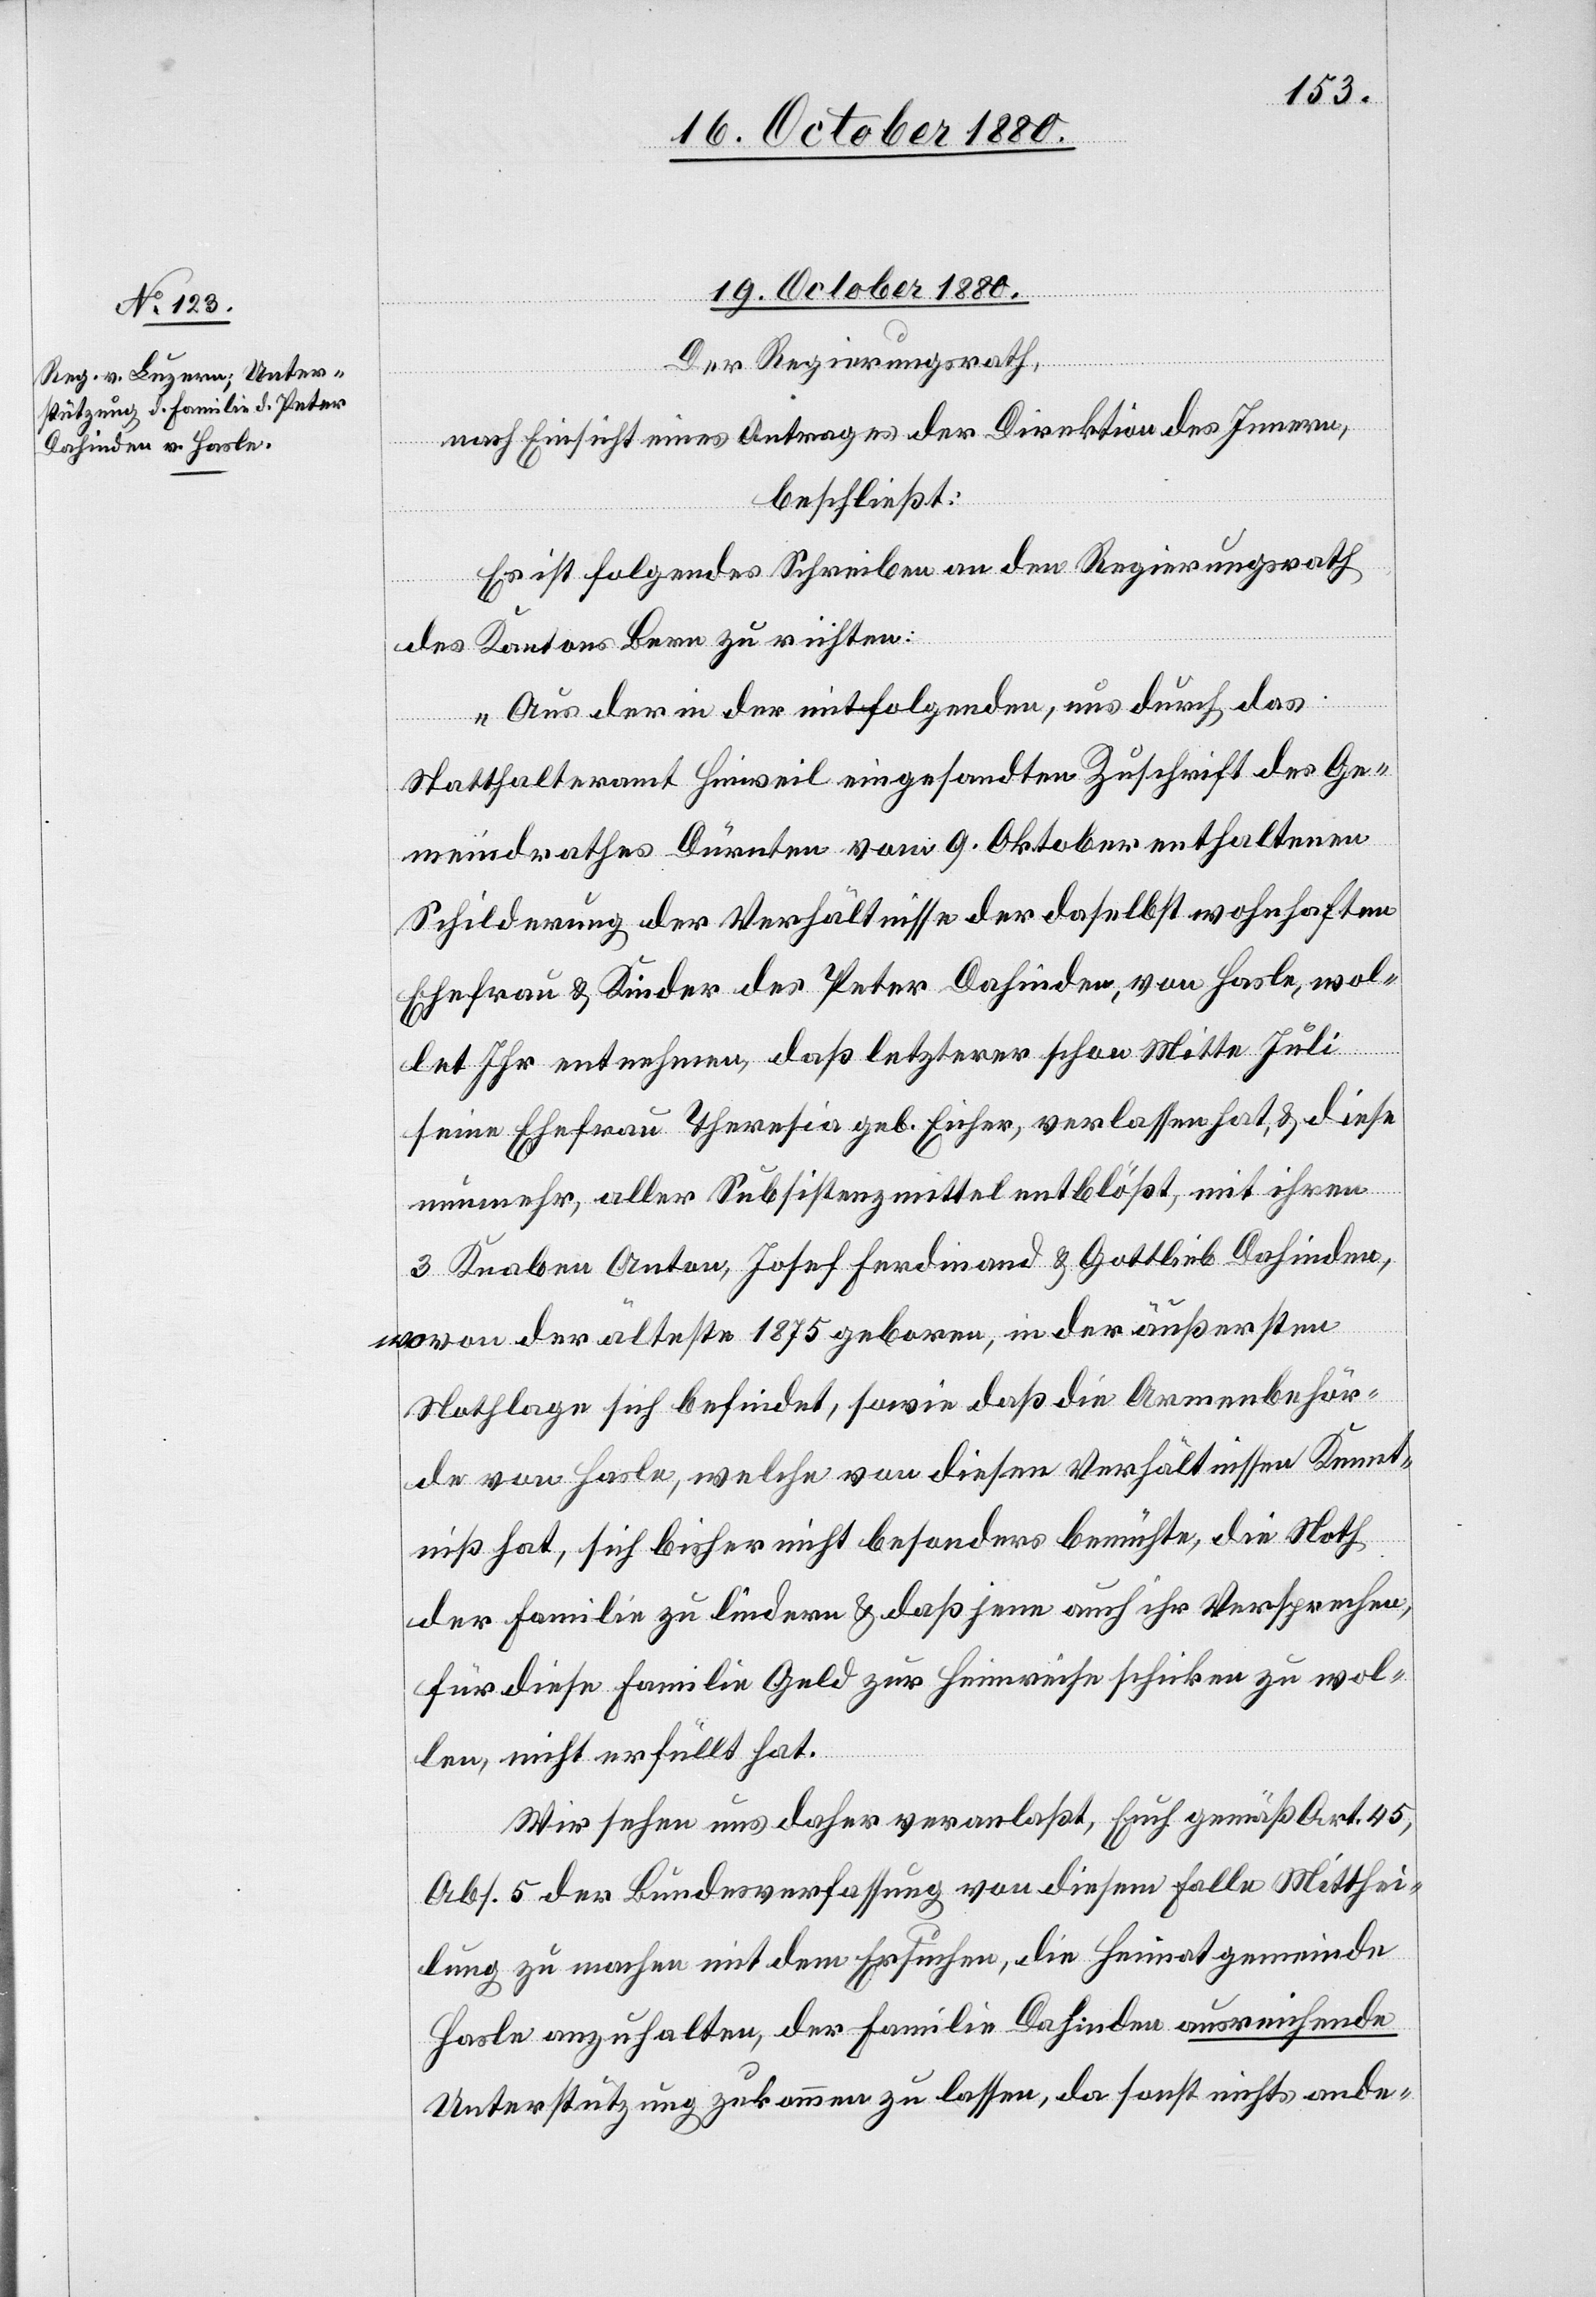
19. October 1880.
Der Regierungsrath,
nach Einsicht eines Antrages der Direktion des Innern,
beschließt:
Es ist folgendes Schreiben an den Regierungsrath
des Kantons Bern zu richten:
„Aus der in der mitfolgenden, uns durch das
Statthalteramt Hinweil eingesandten Zuschrift des Ge¬
meindrathes Dürnten vom 9. Oktober enthaltenen
Schilderung der Verhältnisse der daselbst wohnhaften
Ehefrau & Kinder des Peter Dahinden, von Hasle, wol¬
let Ihr entnehmen, daß letzterer schon Mitte Juli
seine Ehefrau Theresia geb. Eicher, verlassen hat, & diese
nunmehr, aller Subsistenzmittel entblößt, mit ihren
3 Knaben Anton, Josef Ferdinand & Gottlieb Dahinden,
wovon der älteste 1875 geboren, in der äußersten
Notlage sich befindet, sowie daß die Armenbehör¬
den von Hasle, welche von diesen Verhältnissen Kennt¬
niß hat, sich bisher nicht besonders bemühte, die Noth
der Familie zu lindern & daß jene auch ihr Versprechen,
für diese Familie Geld zur Heimreise zu schicken zu wol¬
len, nicht erfüllt hat.
Wir sehen uns daher veranlaßt, Euch gemäß Art. 45,
Abs. 5 der Bundesverfassung von diesem Falle Mitthei¬
lung zu machen mit dem Ersuchen, die Heimatgemeinde
Hasle anzuhalten, der Familie Dahinden ausreichende
Unterstützung zukommen zu lassen, da sonst nichts ande-